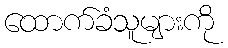
ထောက်ခံသူများကို